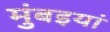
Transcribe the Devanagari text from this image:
मुंबइयां